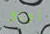
لوبو